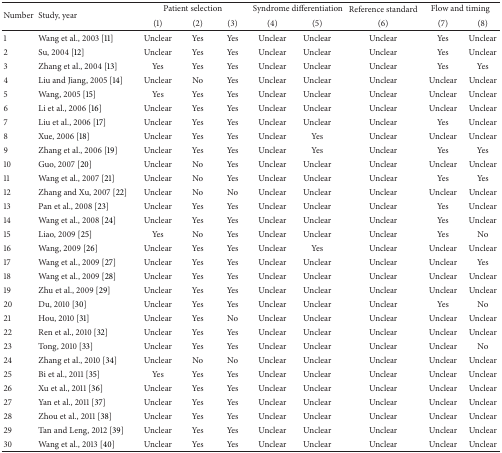
<table><thead><tr><td rowspan="2"><b>Number</b></td><td rowspan="2"><b>Study, year</b></td><td colspan="3"><b>Patient selection</b></td><td colspan="2"><b>Syndrome differentiation</b></td><td><b>Reference standard</b></td><td colspan="2"><b>Flow and timing</b></td></tr><tr><td><b>(1)</b></td><td><b>(2)</b></td><td><b>(3)</b></td><td><b>(4)</b></td><td><b>(5)</b></td><td><b>(6)</b></td><td><b>(7)</b></td><td><b>(8)</b></td></tr></thead><tbody><tr><td>1</td><td>Wang et al., 2003 [11]</td><td>Unclear</td><td>Yes</td><td>Yes</td><td>Unclear</td><td>Unclear</td><td>Unclear</td><td>Yes</td><td>Unclear</td></tr><tr><td>2</td><td>Su, 2004 [12]</td><td>Unclear</td><td>Yes</td><td>Yes</td><td>Unclear</td><td>Unclear</td><td>Unclear</td><td>Yes</td><td>Unclear</td></tr><tr><td>3</td><td>Zhang et al., 2004 [13]</td><td>Yes</td><td>Yes</td><td>Yes</td><td>Unclear</td><td>Unclear</td><td>Unclear</td><td>Yes</td><td>Yes</td></tr><tr><td>4</td><td>Liu and Jiang, 2005 [14]</td><td>Unclear</td><td>No</td><td>Yes</td><td>Unclear</td><td>Unclear</td><td>Unclear</td><td>Unclear</td><td>Unclear</td></tr><tr><td>5</td><td>Wang, 2005 [15]</td><td>Yes</td><td>Yes</td><td>Yes</td><td>Unclear</td><td>Unclear</td><td>Unclear</td><td>Unclear</td><td>Unclear</td></tr><tr><td>6</td><td>Li et al., 2006 [16]</td><td>Unclear</td><td>Yes</td><td>Yes</td><td>Unclear</td><td>Unclear</td><td>Unclear</td><td>Unclear</td><td>Unclear</td></tr><tr><td>7</td><td>Liu et al., 2006 [17]</td><td>Unclear</td><td>Yes</td><td>Yes</td><td>Unclear</td><td>Unclear</td><td>Unclear</td><td>Yes</td><td>Unclear</td></tr><tr><td>8</td><td>Xue, 2006 [18]</td><td>Unclear</td><td>Yes</td><td>Yes</td><td>Unclear</td><td>Yes</td><td>Unclear</td><td>Unclear</td><td>Unclear</td></tr><tr><td>9</td><td>Zhang et al., 2006 [19]</td><td>Unclear</td><td>Yes</td><td>Yes</td><td>Unclear</td><td>Yes</td><td>Unclear</td><td>Yes</td><td>Yes</td></tr><tr><td>10</td><td>Guo, 2007 [20]</td><td>Unclear</td><td>No</td><td>Yes</td><td>Unclear</td><td>Unclear</td><td>Unclear</td><td>Unclear</td><td>Unclear</td></tr><tr><td>11</td><td>Wang et al., 2007 [21]</td><td>Unclear</td><td>No</td><td>Yes</td><td>Unclear</td><td>Unclear</td><td>Unclear</td><td>Yes</td><td>Yes</td></tr><tr><td>12</td><td>Zhang and Xu, 2007 [22]</td><td>Unclear</td><td>No</td><td>No</td><td>Unclear</td><td>Unclear</td><td>Unclear</td><td>Unclear</td><td>Unclear</td></tr><tr><td>13</td><td>Pan et al., 2008 [23]</td><td>Unclear</td><td>Yes</td><td>Yes</td><td>Unclear</td><td>Unclear</td><td>Unclear</td><td>Yes</td><td>Unclear</td></tr><tr><td>14</td><td>Wang et al., 2008 [24]</td><td>Unclear</td><td>Yes</td><td>Yes</td><td>Unclear</td><td>Unclear</td><td>Unclear</td><td>Yes</td><td>Unclear</td></tr><tr><td>15</td><td>Liao, 2009 [25]</td><td>Yes</td><td>No</td><td>Yes</td><td>Unclear</td><td>Unclear</td><td>Unclear</td><td>Yes</td><td>No</td></tr><tr><td>16</td><td>Wang, 2009 [26]</td><td>Unclear</td><td>Yes</td><td>Yes</td><td>Unclear</td><td>Yes</td><td>Unclear</td><td>Unclear</td><td>Unclear</td></tr><tr><td>17</td><td>Wang et al., 2009 [27]</td><td>Unclear</td><td>Yes</td><td>Yes</td><td>Unclear</td><td>Unclear</td><td>Unclear</td><td>Unclear</td><td>Yes</td></tr><tr><td>18</td><td>Wang et al., 2009 [28]</td><td>Unclear</td><td>Yes</td><td>Yes</td><td>Unclear</td><td>Unclear</td><td>Unclear</td><td>Unclear</td><td>Unclear</td></tr><tr><td>19</td><td>Zhu et al., 2009 [29]</td><td>Unclear</td><td>Yes</td><td>Yes</td><td>Unclear</td><td>Unclear</td><td>Unclear</td><td>Unclear</td><td>Unclear</td></tr><tr><td>20</td><td>Du, 2010 [30]</td><td>Unclear</td><td>Yes</td><td>Yes</td><td>Unclear</td><td>Unclear</td><td>Unclear</td><td>Yes</td><td>No</td></tr><tr><td>21</td><td>Hou, 2010 [31]</td><td>Unclear</td><td>Yes</td><td>No</td><td>Unclear</td><td>Unclear</td><td>Unclear</td><td>Unclear</td><td>Unclear</td></tr><tr><td>22</td><td>Ren et al., 2010 [32]</td><td>Unclear</td><td>Yes</td><td>Yes</td><td>Unclear</td><td>Unclear</td><td>Unclear</td><td>Unclear</td><td>Unclear</td></tr><tr><td>23</td><td>Tong, 2010 [33]</td><td>Unclear</td><td>Yes</td><td>Yes</td><td>Unclear</td><td>Unclear</td><td>Unclear</td><td>Unclear</td><td>No</td></tr><tr><td>24</td><td>Zhang et al., 2010 [34]</td><td>Unclear</td><td>No</td><td>No</td><td>Unclear</td><td>Unclear</td><td>Unclear</td><td>Unclear</td><td>Unclear</td></tr><tr><td>25</td><td>Bi et al., 2011 [35]</td><td>Yes</td><td>Yes</td><td>Yes</td><td>Unclear</td><td>Unclear</td><td>Unclear</td><td>Unclear</td><td>Unclear</td></tr><tr><td>26</td><td>Xu et al., 2011 [36]</td><td>Unclear</td><td>Yes</td><td>Yes</td><td>Unclear</td><td>Unclear</td><td>Unclear</td><td>Unclear</td><td>Unclear</td></tr><tr><td>27</td><td>Yan et al., 2011 [37]</td><td>Unclear</td><td>Yes</td><td>Yes</td><td>Unclear</td><td>Unclear</td><td>Unclear</td><td>Unclear</td><td>Unclear</td></tr><tr><td>28</td><td>Zhou et al., 2011 [38]</td><td>Unclear</td><td>Yes</td><td>Yes</td><td>Unclear</td><td>Unclear</td><td>Unclear</td><td>Unclear</td><td>Unclear</td></tr><tr><td>29</td><td>Tan and Leng, 2012 [39]</td><td>Unclear</td><td>Yes</td><td>Yes</td><td>Unclear</td><td>Unclear</td><td>Unclear</td><td>Unclear</td><td>Unclear</td></tr><tr><td>30</td><td>Wang et al., 2013 [40]</td><td>Unclear</td><td>Yes</td><td>Yes</td><td>Unclear</td><td>Unclear</td><td>Unclear</td><td>Unclear</td><td>Unclear</td></tr></tbody></table>